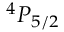
^ 4 P _ { 5 / 2 }